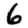
Digit: 6